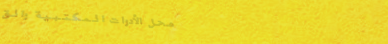
محل الأدوات المكتبية والق